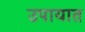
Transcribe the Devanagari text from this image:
उपायात